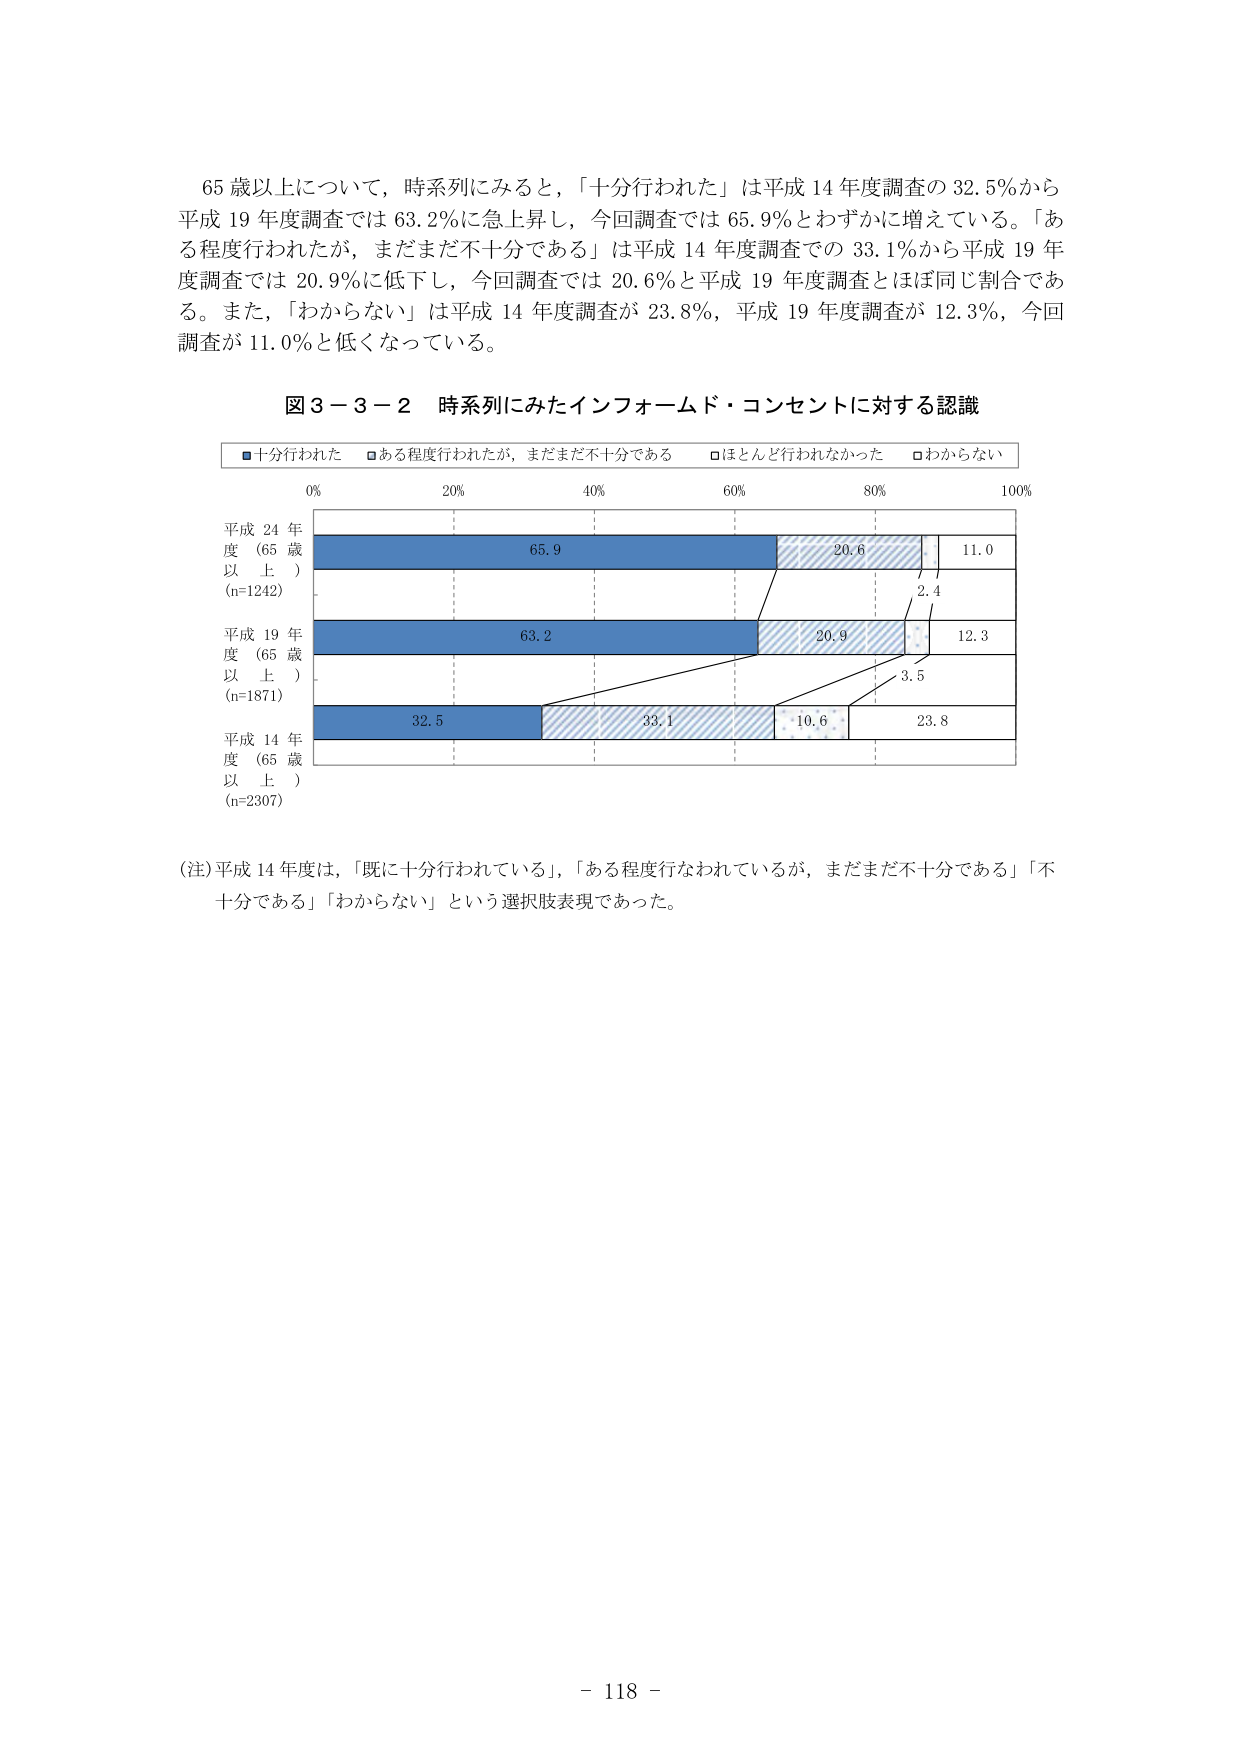
65 歳以上について，時系列にみると，「十分行われた」は平成 14 年度調査の 32.5%から平成 19 年度調査では 63.2%に急上昇し，今回調査では 65.9%とわずかに増えている。「ある程度行われたが，まだまだ不十分である」は平成 14 年度調査での 33.1%から平成 19 年度調査では 20.9%に低下し，今回調査では 20.6%と平成 19 年度調査とほぼ同じ割合である。また，「わからない」は平成 14 年度調査が 23.8%，平成 19 年度調査が 12.3%，今回調査が 11.0%と低くなっている。

図３－３－２ 時系列にみたインフォームド・コンセントに対する認識

■十分行われた □ある程度行われたが，まだまだ不十分である □ほとんど行われなかった □わからない

0% 20% 40% 60% 80% 100%

平成 24 年度（65 歳以上）(n=1242) 65.9 20.6 11.0 2.4

平成 19 年度（65 歳以上）(n=1871) 63.2 20.9 12.3 3.5

平成 14 年度（65 歳以上）(n=2307) 32.5 33.1 10.6 23.8

（注）平成 14 年度は，「既に十分行われている」，「ある程度行なわれているが，まだまだ不十分である」「不十分である」「わからない」という選択肢表現であった。

- 118 -